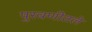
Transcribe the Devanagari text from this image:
पुरवणीतले